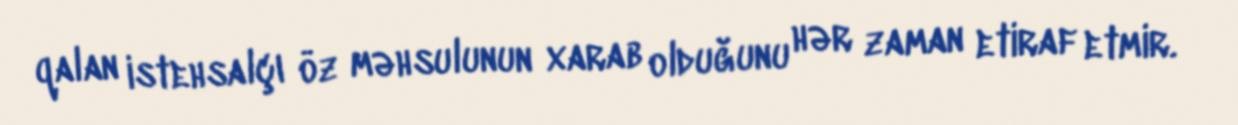
qalan istehsalçı öz məhsulunun xarab olduğunu hər zaman etiraf etmir.